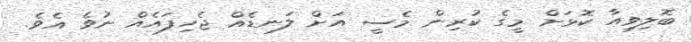
ބޮލިވިއާ ކޮޅަށް މީގެ ކުރިން މެސީ އަށް ލަނޑެއް ޖެހިފައެއް ނުވެ އެވެ.